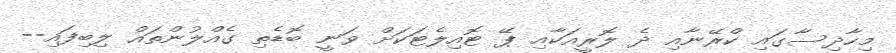
މިހާދިސާގައި ކްރޭނާއި ދެ ލޮރީއަކާއި ޕޭ ޓޮއިލެޓަކަށް ވަނީ ބޮޑެތި ގެއްލުންތައް ލިބިފައި--